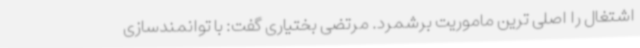
اشتغال را اصلی ترین ماموریت برشمرد. مرتضی بختیاری گفت: با توانمندسازی